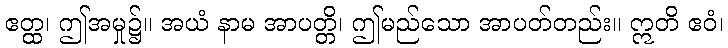
ဧတ္ထ၊ ဤအမှု၌။ အယံ နာမ အာပတ္တိ၊ ဤမည်သော အာပတ်တည်း။ ဣတိ ဧဝံ၊